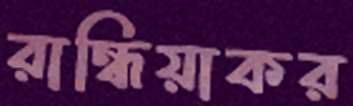
রান্ধিয়াকর